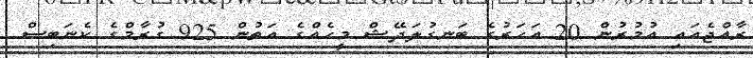
ރާއްޖެއައި އުމުރުން 20 އަހަރުގެ ބަނގުލަދޭޝް މީހެއްގެ އަތުން 925 ގުރާމްގެ ކެނަބިސް